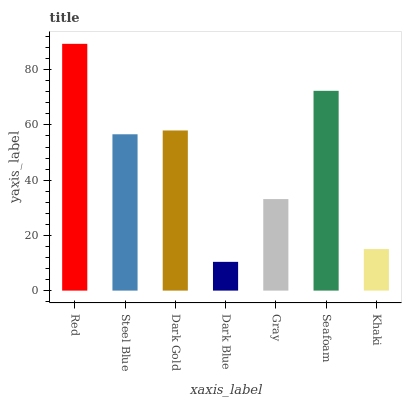
| xaxis_label | bars |
 | --- | --- |
 | Red | 89.4 |
 | Steel Blue | 56.6 |
 | Dark Gold | 58 |
 | Dark Blue | 10.4 |
 | Gray | 33.2 |
 | Seafoam | 72.4 |
 | Khaki | 15 |